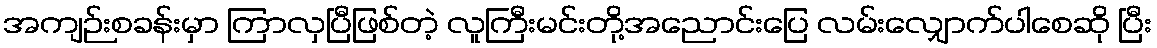
အကျဉ်းစခန်းမှာ ကြာလှပြီဖြစ်တဲ့ လူကြီးမင်းတို့အညောင်းပြေ လမ်းလျှောက်ပါစေဆို ပြီး